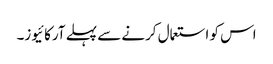
اس کو استعمال کرنے سے پہلے آرکائیوز۔